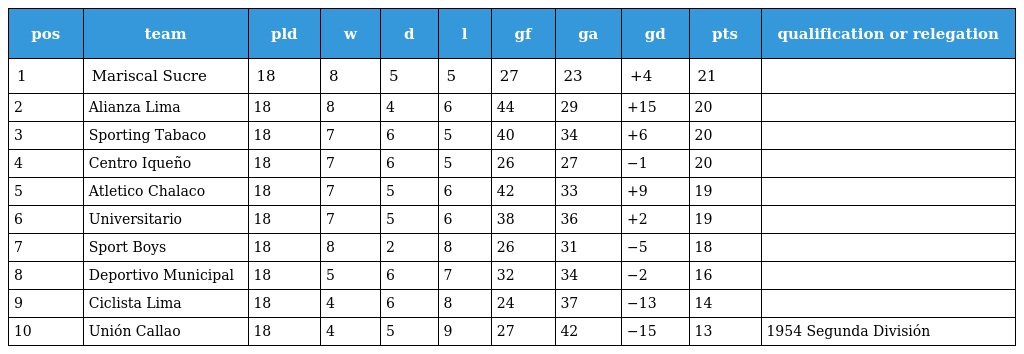
| pos | team | pld | w | d | l | gf | ga | gd | pts | qualification or relegation |
 | --- | --- | --- | --- | --- | --- | --- | --- | --- | --- | --- |
 | 1 | Mariscal Sucre | 18 | 8 | 5 | 5 | 27 | 23 | +4 | 21 |  |
 | 2 | Alianza Lima | 18 | 8 | 4 | 6 | 44 | 29 | +15 | 20 |  |
 | 3 | Sporting Tabaco | 18 | 7 | 6 | 5 | 40 | 34 | +6 | 20 |  |
 | 4 | Centro Iqueño | 18 | 7 | 6 | 5 | 26 | 27 | −1 | 20 |  |
 | 5 | Atletico Chalaco | 18 | 7 | 5 | 6 | 42 | 33 | +9 | 19 |  |
 | 6 | Universitario | 18 | 7 | 5 | 6 | 38 | 36 | +2 | 19 |  |
 | 7 | Sport Boys | 18 | 8 | 2 | 8 | 26 | 31 | −5 | 18 |  |
 | 8 | Deportivo Municipal | 18 | 5 | 6 | 7 | 32 | 34 | −2 | 16 |  |
 | 9 | Ciclista Lima | 18 | 4 | 6 | 8 | 24 | 37 | −13 | 14 |  |
 | 10 | Unión Callao | 18 | 4 | 5 | 9 | 27 | 42 | −15 | 13 | 1954 Segunda División |